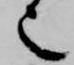
也